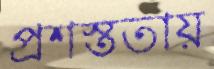
প্রশস্ততায়